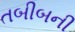
તબીબની